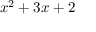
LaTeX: x ^ { 2 } + 3 x + 2